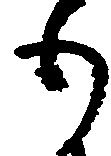
も